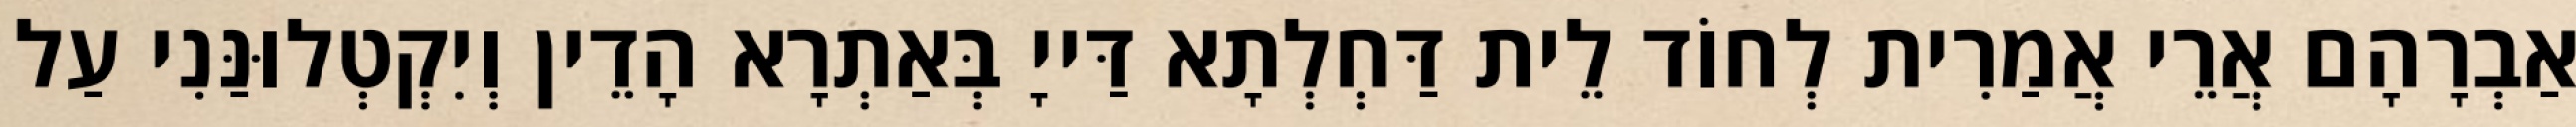
אַבְרָהָם אֲרֵי אֲמַרִית לְחוֹד לֵית דַּחְלְתָא דַּייָ בְּאַתְרָא הָדֵין וְיִקְטְלוּנַּנִי עַל